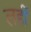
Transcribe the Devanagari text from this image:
लहीं